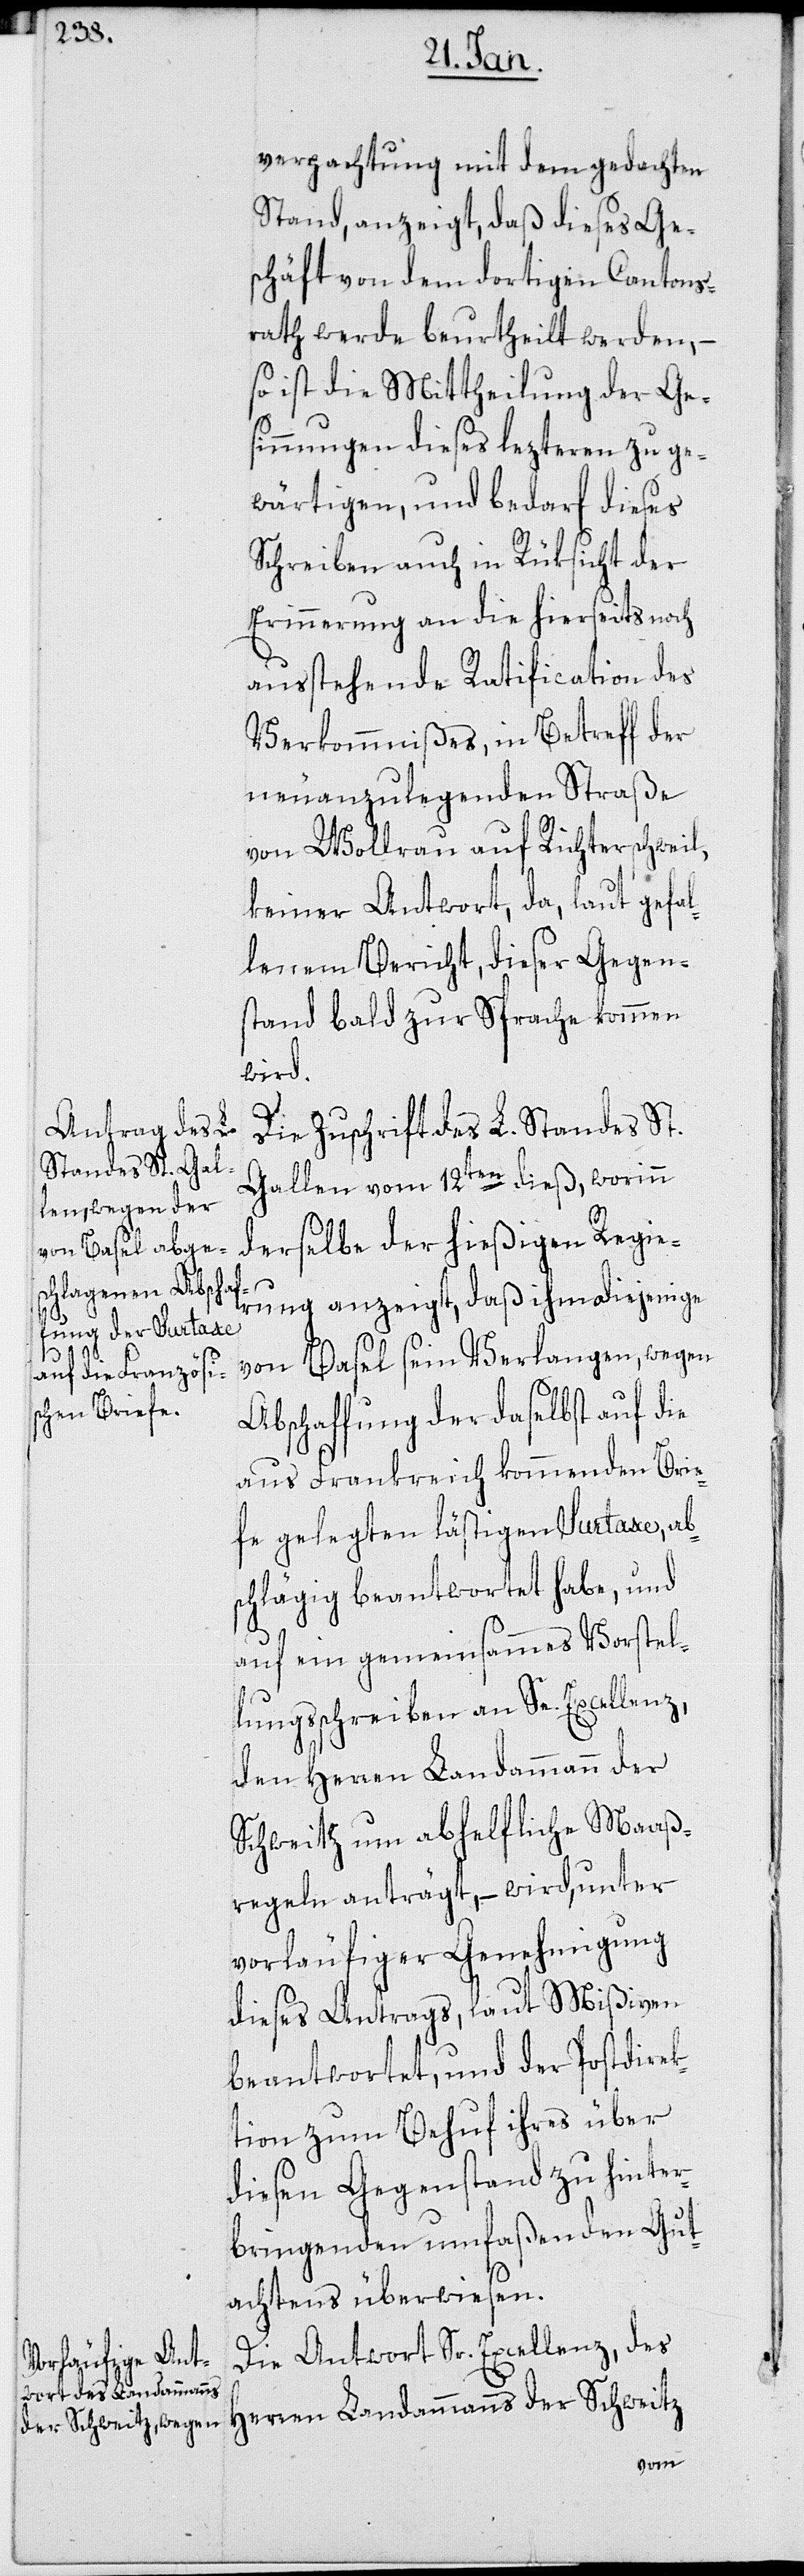
verpachtung mit dem gedachten
Stand, anzeigt, daß dieses Ge¬
schäft von dem dortigen Cantons¬
rath werde beurtheilt werden, –
so ist die Mittheilung der Ges¬
innungen dieses lezteren zu ge¬
wärtigen, und bedarf dieses
Schreiben auch in Rüksicht der
Erinnerung an die hierseits noch
ausstehende Ratification des
Verkommnißes, in Betreff der
neuanzulegenden Straße
von Wollerau auf Richterschweil,
keiner Antwort, da, laut gefal¬
lenem Bericht, dieser Gegen¬
stand bald zur Sprache kommen
wird.
Die Zuschrift des L. Standes St.
Gallen vom 12ten dieß, worinn
derselbe der hießigen Regie¬
rung anzeigt, daß ihm diejenige
von Basel sein Verlangen, wegen
Abschaffung der daselbst auf die
aus Frankreich kommenden Brie¬
fe gelegten lästigen Surtaxe, ab¬
schlägig beantwortet habe, und
auf ein gemeinsammes Vorstel¬
lungsschreiben an Se. Excellenz,
den Herren Landammann der
Schweitz um abhelfliche Maaß¬
regeln anträgt, – wird, unter
vorläufiger Genehmigung
dieses Antrags, laut Mißiven
beantwortet, und der Postdirek¬
tion zum Behuf ihres über
diesen Gegenstand zu hinter¬
bringenden umfaßenden Gut¬
achtens überwiesen.
Die Antwort Sr. Excellenz des
Herren Landammanns der Schweitz